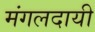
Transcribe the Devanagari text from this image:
मंगलदायी